Insane asylums in Bengal annual reports 1876-1887 - 1876-1887
Year: 1876
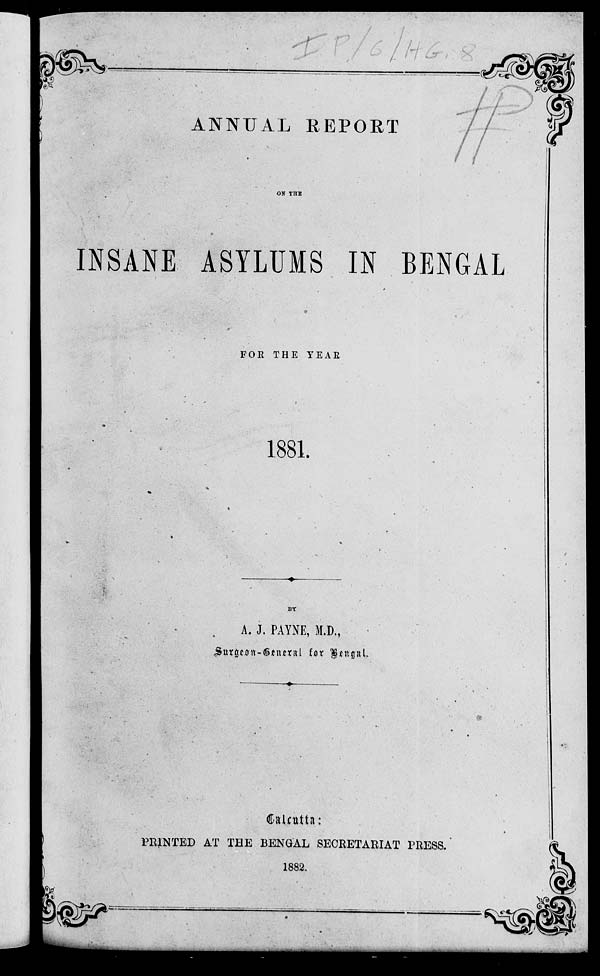
ANNUAL REPORT
ON THE
INSANE ASYLUMS IN BENGAL
FOR THE YEAR
1881.
BY
A. J. PAYNE, M.D.,
Calcutta:
PRINTED AT THE BENGAL SECRETARIAT PRESS.
1882.